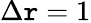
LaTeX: \Delta\mathtt{r}=1